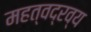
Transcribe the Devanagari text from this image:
महत्वद्रव्य